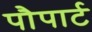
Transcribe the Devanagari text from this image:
पौपार्ट